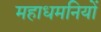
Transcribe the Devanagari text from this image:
महाधमनियों